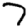
Digit: 7